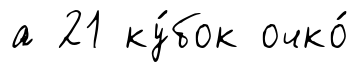
а 21 ку́бок очко́